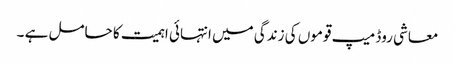
معاشی روڈ میپ قوموں کی زندگی میں انتہائی اہمیت کا حامل ہے ۔